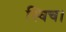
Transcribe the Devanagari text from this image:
स्विच।